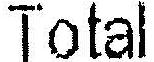
TOTAL